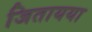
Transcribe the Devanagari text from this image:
जितायया